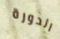
الدورة